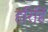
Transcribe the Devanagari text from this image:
हरिहिं